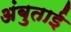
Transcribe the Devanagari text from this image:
अंबुताई